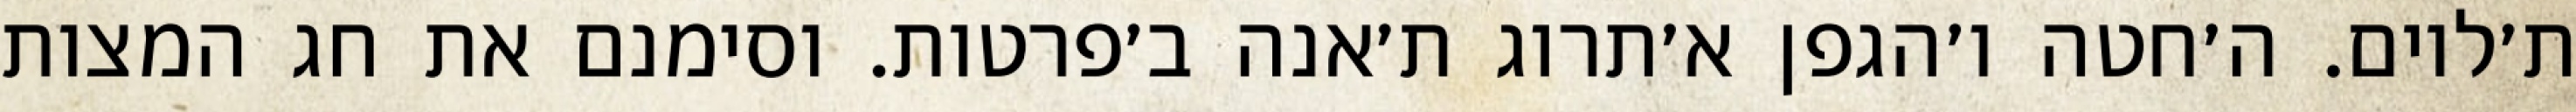
ת׳לוים. ה׳חטה ו׳הגפן א׳תרוג ת׳אנה ב׳פרטות. וסימנם את חג המצות